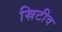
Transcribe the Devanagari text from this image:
स्रिटीव